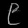
Digit: ၉